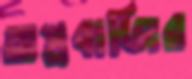
অস্ত্রবাজির